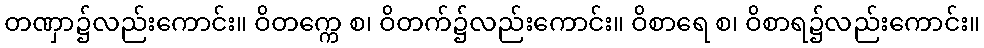
တဏှာ၌လည်းကောင်း။ ဝိတက္ကေ စ၊ ဝိတက်၌လည်းကောင်း။ ဝိစာရေ စ၊ ဝိစာရ၌လည်းကောင်း။